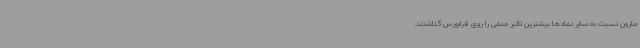
مارون نسبت به سایر نمادها بیشترین تاثیر منفی را روی فرابورس گذاشتند.